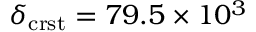
\delta _ { \mathrm { c r s t } } = 7 9 . 5 \times 1 0 ^ { 3 }